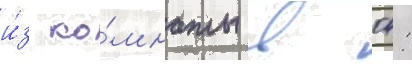
и́з ко́мнаты в 04: